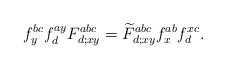
\begin{align*}f^{bc}_y f^{ay}_d F^{abc}_{d; xy} = \widetilde{F}^{abc}_{d; xy} f^{ab}_x f^{xc}_d.\end{align*}